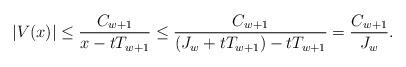
LaTeX: \begin{align*} |V(x)| \leq \frac{C_{w+1}}{x-tT_{w+1}} \leq \frac{C_{w+1}}{(J_w+tT_{w+1})-tT_{w+1}} = \frac{C_{w+1}}{J_w}. \end{align*}